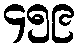
၄၅၉